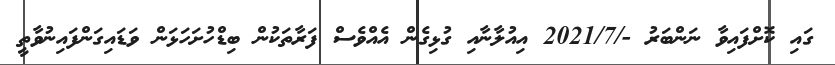
ގައި ކޮށްފައިވާ ނަންބަރު -/2021/7 އިއުލާނާއި ގުޅިގެން އެއްވެސް ފަރާތަކުން ބިޑްހުށަހަޅަން ވަޑައިގަންފައިނުވާތީ